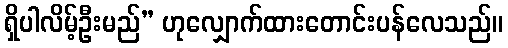
ရှိပါလိမ့်ဦးမည်” ဟုလျှောက်ထားတောင်းပန်လေသည်။